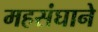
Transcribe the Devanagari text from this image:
महसंघाने